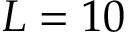
L = 1 0